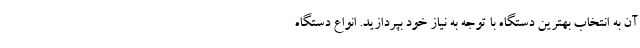
آن به انتخاب بهترین دستگاه با توجه به نیاز خود بپردازید. انواع دستگاه